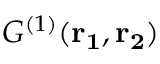
G ^ { ( 1 ) } ( \mathbf { r _ { 1 } , r _ { 2 } } )